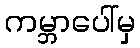
ကမ္ဘာပေါ်မှ